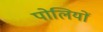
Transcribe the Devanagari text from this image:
पोलियों